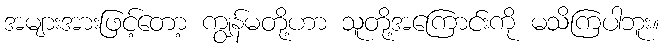
အများအားဖြင့်တော့ ကျွန်မတို့ဟာ သူတို့အကြောင်းကို မသိကြပါဘူး။